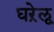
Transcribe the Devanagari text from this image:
घऱेलू